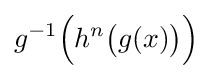
g^{-1}{\Bigl (}h^{n}{\bigl (}g(x){\bigr )}{\Bigr )}